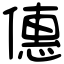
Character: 僡